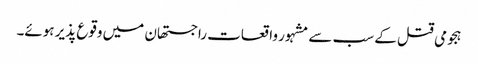
ہجومی قتل کے سب سے مشہور واقعات راجستھان میں وقوع پذیر ہوئے۔